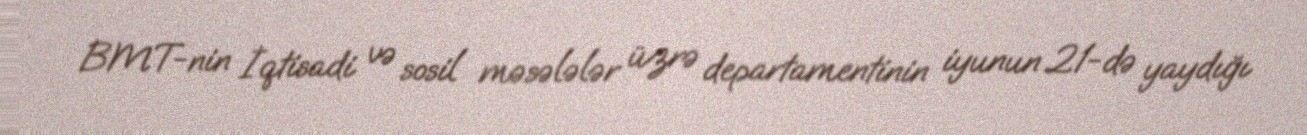
BMT-nin İqtisadi və sosil məsələlər üzrə departamentinin iyunun 21-də yaydığı